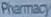
Pharmacy